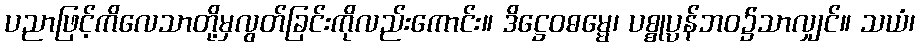
ပညာဖြင့်ကိလေသာတို့မှလွတ်ခြင်းကိုလည်းကောင်း။ ဒိဋ္ဌေဝဓမ္မေ၊ ပစ္စုပ္ပန်ဘဝ၌သာလျှင်။ သယံ၊